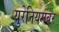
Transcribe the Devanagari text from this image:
युरेनियमवर